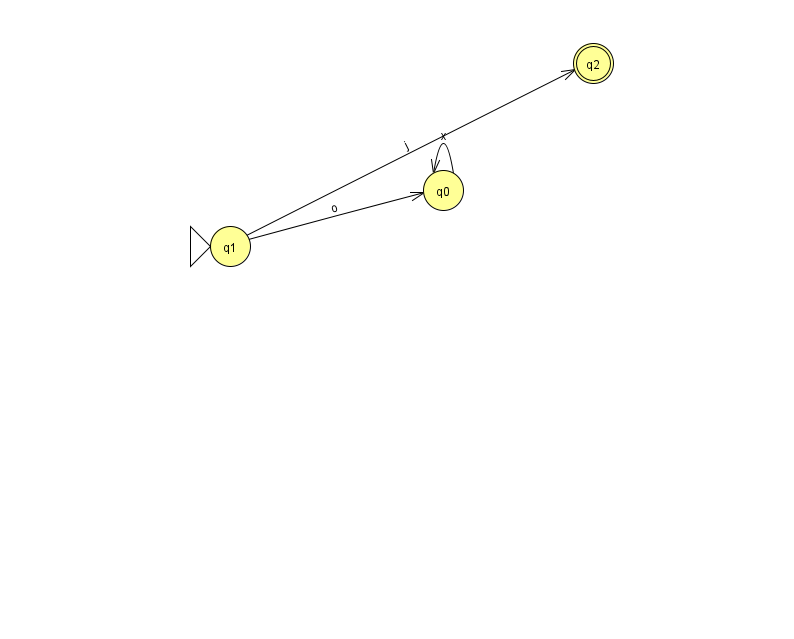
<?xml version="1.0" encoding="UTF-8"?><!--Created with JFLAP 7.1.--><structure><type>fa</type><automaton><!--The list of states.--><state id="0" name="q0"><x>443.0</x><y>177.0</y></state><state id="1" name="q1"><x>230.0</x><y>233.0</y><initial/></state><state id="2" name="q2"><x>593.0</x><y>50.0</y><final/></state><!--The list of transitions.--><transition><from>1</from><to>0</to><read>o</read></transition><transition><from>1</from><to>2</to><read>j</read></transition><transition><from>0</from><to>0</to><read>x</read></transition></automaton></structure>